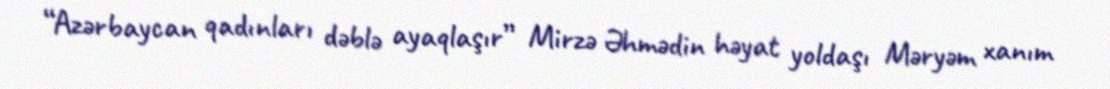
“Azərbaycan qadınları dəblə ayaqlaşır” Mirzə Əhmədin həyat yoldaşı Məryəm xanım